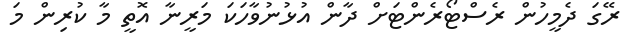
ރޭގަ ދެމީހުން ރެސްޓޯރެންޓަށް ދާން އުޅުނުވާހަކަ މަރީނާ އޮތީ މާ ކުރިން މަ